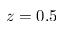
z = 0 . 5